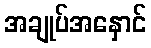
အချုပ်အနှောင်